Report on vaccination in Madras 1922-1929 - 1922-1929
Year: 1922
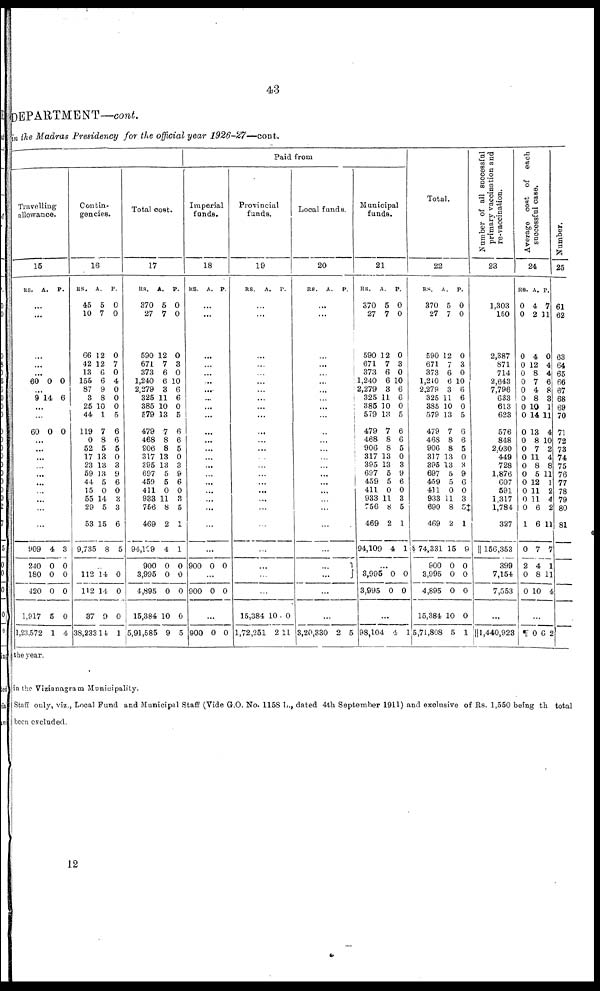
43
DEPARTMENT— cont.
in the Madras Presidency for the official year
1926-27—cont.
Travelling
allowance.
15
RS.
A.
P.
...
...
...
...
...
60 0 0
...
9 14 6
...
...
60 0 0
...
...
...
...
...
...
...
...
...
...
909
240
180
420
1,917
1,23,572
4
0
0
0
5
1
3
0
0
0
0
4
Contin-
gencies.
16
RS.
45
10
66
42
13
155
87
3
25
44
119
0
52
17
23
59
44
15
55
29
53
9,735
A.
5
7
12
12
6
6
9
8
10
1
7
8
5
13
13
13
5
0
14
5
15
8
P.
0
0
0
7
0
4
0
0
0
5
6
6
5
0
3
9
6
0
3
3
6
5
...
112
112
37
38,233
14
14
9
14
0
0
0
1
Total cost.
17
RS.
370
27
590
671
373
1,240
2,279
325
385
579
479
468
806
317
395
697
459
411
933
756
469
94,109
900
3,995
4,895
15,384
5,91,585
A.
5
7
12
7
6
6
3
11
10
13
7
8
8
13
13
5
5
0
11
8
2
4
0
0
0
10
9
P.
0
0
0
3
0
10
6
6
0
5
6
6
5
0
3
9
6
0
3
5
1
1
0
0
0
0
5
Paid from
Imperial
funds.
18
RS. A. P.
...
...
...
...
...
...
...
...
...
...
...
...
...
...
...
...
...
...
...
...
...
...
900 0 0
...
900 0 0
...
900 0 0
Provincial
funds.
19
RS.
A. P.
...
...
...
...
...
...
...
...
...
...
...
...
...
...
...
...
...
...
...
...
...
...
...
...
...
15,384
1,72,251
10
2
0
11
Local funds.
20
RS.
A.
P.
...
...
...
...
...
...
...
...
...
...
...
...
...
...
...
...
...
...
...
...
...
...
...
...
...
...
3,20,330 2 5
Municipal
funds.
21
RS.
370
27
590
671
373
1,240
2,279
325
385
579
479
468
906
317
395
697
459
411
933
756
469
94,109
A.
5
7
12
7
6
6
3
11
10
13
7
8
8
13
13
5
5
0
11
8
2
4
P.
0
0
0
3
0
10
6
6
0
5
6
6
5
0
3
9
6
0
3
5
1
1
...
3,995
3,995
0
0
0
0
...
98,104 4 1
Total.
22
RS.
370
27
590
671
373
1,240
2,279
325
385
579
479
468
906
317
395
697
459
411
933
690
469
§ 74,331
900
3,995
4,895
15,384
5,71,808
A.
5
7
12
7
6
6
3
11
10
13
7
8
8
13
13
5
5
0
11
8
2
15
0
0
0
10
5
P.
0
0
0
3
0
10
6
6
0
5
6
6
5
0
3
9
6
0
3
5‡
1
9
0
0
0
0
1
Number of all successful
primary vaccination and
re-vaccination.
23
1,303
150
2,387
871
714
2,643
7,796
633
613
623
576
848
2,030
449
728
1,876
607
591
1,317
1,784
327
|| 156,353
399
7,154
7,553
...
|| 1,440,923
Average cost of each
successful case.
24
RS.
0
0
0
0
0
0
0
0
0
0
0
0
0
0
0
0
0
0
0
0
1
0
2
0
0
A.
4
2
4
12
8
7
4
8
10
14
13
8
7
11
8
5
12
11
11
6
6
7
4
8
10
P.
7
11
0
4
4
6
8
3
1
11
4
10
2
4
8
11
1
2
4
2
11
7
1
11
4
...
¶0 6 2
Number.
25
61
62
63
64
65
66
67
68
69
70
71
72
73
74
75
76
77
78
79
80
81
the year.
in the Vizianagram Municipality.
Staff only, viz., Local Fund and Municipal Staff (Vide G.O. No. 1158 L., dated 4th September 1911) and exclusive of Rs. 1,550 being th total
been excluded.